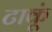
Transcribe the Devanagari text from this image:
टाकूं